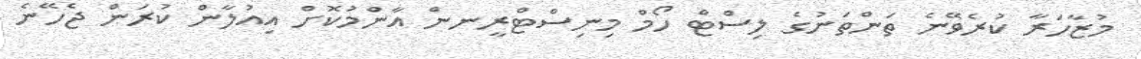
މުޒާހަރާ ކުރެވޭނެ ތަންތަނުގެ ލިސްޓް ހޯމް މިނިސްޓްރީނން އާންމުކޮށް އިއުލާން ކުރަން ޖެހޭނެ